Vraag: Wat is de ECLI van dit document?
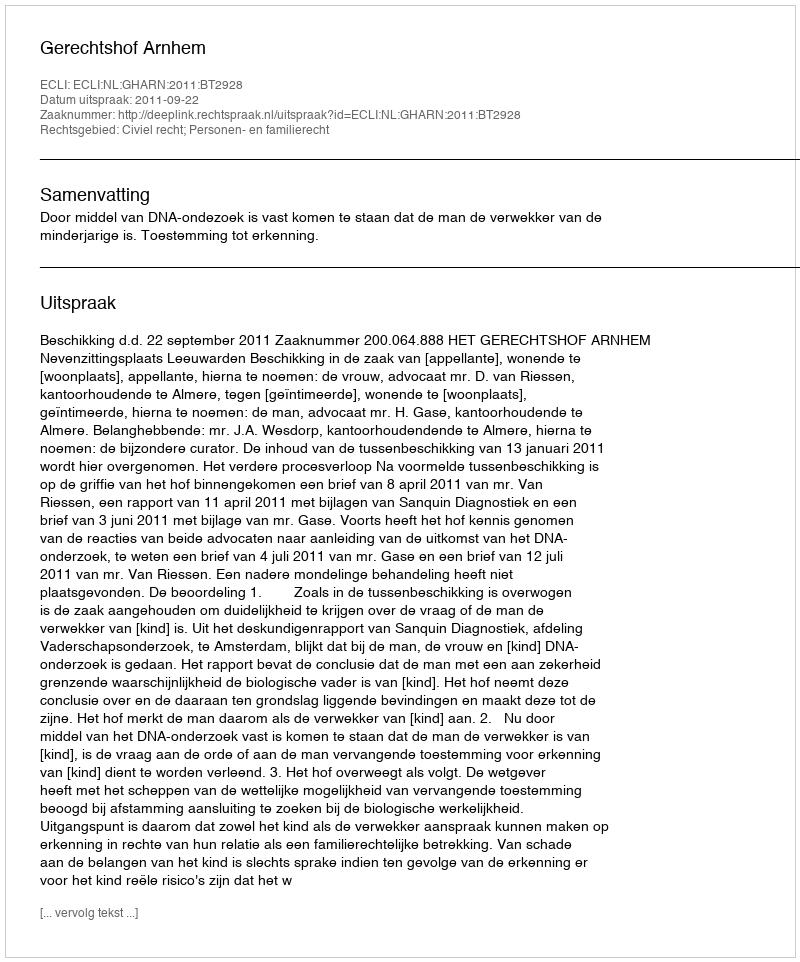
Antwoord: ECLI:NL:GHARN:2011:BT2928